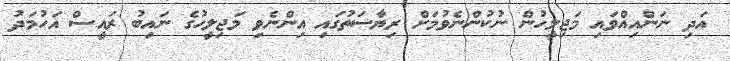
އަދި ނަންއިއްވައި މަޖިލީހުން ނުކުންނެވުމަށް ރިޔާސަތުގައި އިންނެވި މަޖިލީހުގެ ނައިބު ރައީސް އަހުމަދު